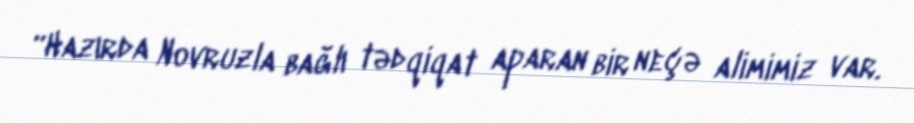
“Hazırda Novruzla bağlı tədqiqat aparan bir neçə alimimiz var.